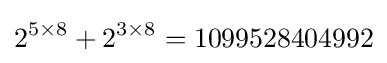
2^{5\times 8}+2^{3\times 8}=1099528404992